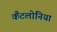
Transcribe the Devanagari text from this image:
कैंटलोनिया